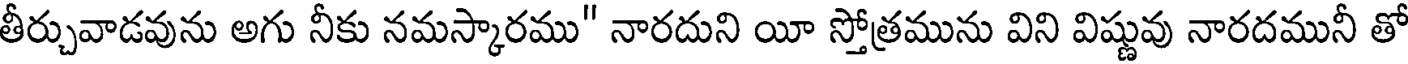
తీర్చువాడవును అగు నీకు నమస్కారము" నారదుని యీ స్తోత్రమును విని విష్ణువు నారదమునీ తో